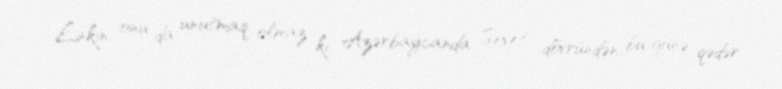
Lakin onu da unutmaq olmaz ki, Azərbaycanda Sovet dövründən bu günə qədər